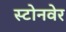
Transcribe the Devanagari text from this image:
स्टोनवेर